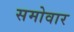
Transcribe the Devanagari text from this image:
समोवार